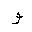
Letter: _waw